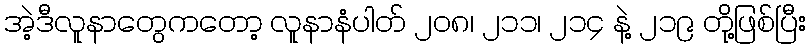
အဲ့ဒီလူနာတွေကတော့ လူနာနံပါတ် ၂၀၈၊ ၂၁၁၊ ၂၁၄ နဲ့ ၂၁၉ တို့ဖြစ်ပြီး